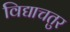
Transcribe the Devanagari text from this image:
विद्याचतुर